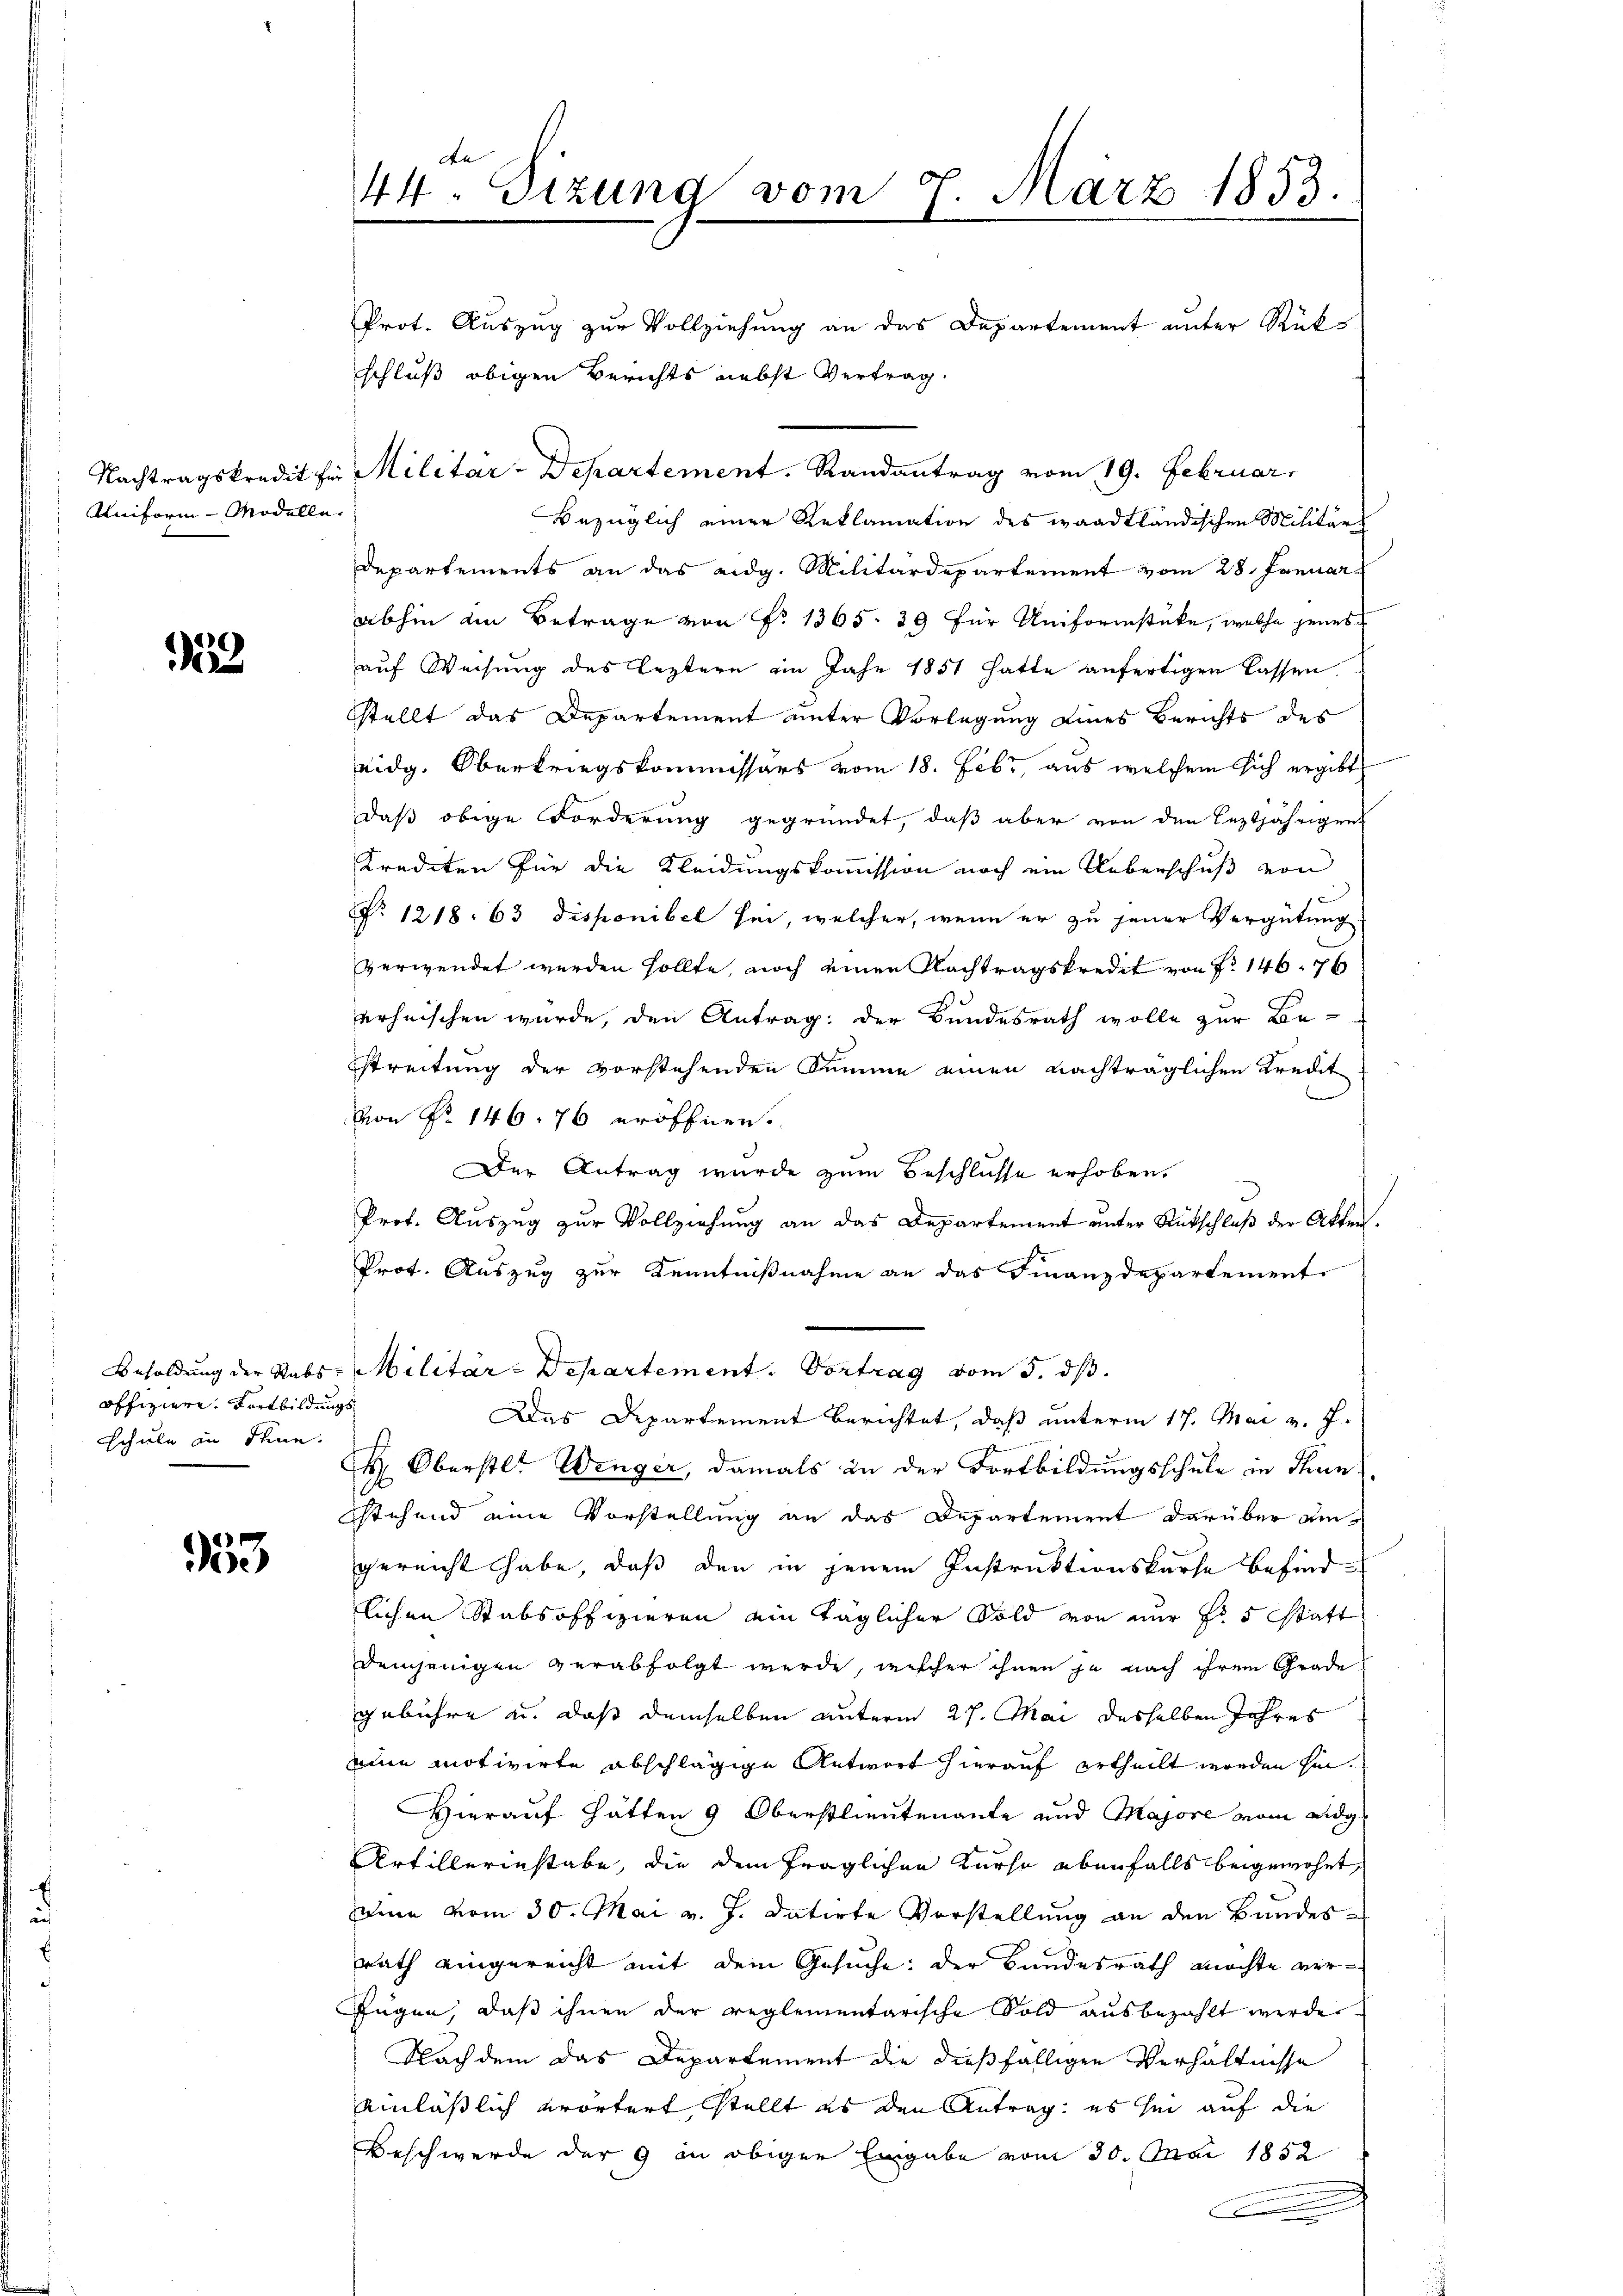
.

Uniform - Modelle.

523

offiziere Fortbildungs¬
Schule in Thun.

353

de
44. Sizung vom 9. März 1853.
d
Prot. Auszug zur Vollziehung an das Departement unter Rükschluß obigen Berichts nebst Vertrag.

Bezüglich einer Reklamation des waadtländischen Militär-
Departements an das eidg. Militärdepartement vom 28. Januar
abhin ein Betrage von Fr. 1365. 39 für Uniformstücke, welche jenes
auf Weisung des Leztern im Jahr 1851 hatte anfertigen lassen.
sstellt das Departement unter Vorlegung eines Berichts des
eidg. Oberkriegskommissärs vom 18. Febr., aus welchem sich ergibt
daß obige Forderung gegründet, daß aber von den Leztjährigen
Krediten für die Kleidungskommission noch ein Ueberschuß von
No 1218. 63 disponibel sei, welcher, wenn er zu jener Vergütung
verwendet werden sollte, noch einen Nachtragskredit von No 146. 76
erheischen würde, den Antrag: der Bundesrath wolle zur Be-
streitung der vorstehenden Summe einen nachträglichen Kredit
von No 146. 76 eröffnen.
Der Antrag wurde zum Beschlüsse erhoben.
Prof. Auszug zur Vollziehung an das Departement unter Rückschluß der Akten.
Prot. Auszug zur Kenntnißnahme an das Finanzdepartement
Besoldung der Stabs Militär-Departement. Vortrag vom 3. ds.
Das Departement berichtet, daß unterm 17. Mai v. J.
 Oberstl. Wenger, damals an der Fortbildungsschule in Thun
stehend eine Vorstellung an das Departement darüber aingereicht habe, daß den in jenem Instruktionskarte befindlichen Stabsoffizieren ain täglicher Sold von nur fr 5 statt
demjenigen verabfolgt werde, mischer ihnen ja nach ihrem Grade
gebühre u. daß demselben unterm 27. Mai desselben Jahres
ain motivirte abschlägige Antwort hierauf ertheilt worden hin¬
Hierauf hätten 9 Oberstlieutenante und Majore vom eidg
Artillerinstabe, die dem fraglichen Kurse ebenfalls beigewohnt,
seine vom 30. Mai v. J. datirte Vorstellung an den Bandesrath eingereicht mit dem Gesuche: der Bundesrath möchte verfügen, daß ihnen der reglementarische Sold ausbezahlt werde
Nachdem das Departement die dießfälligen Verhältnisse
einläßlich erörtert stellt es den Antrag: es sei auf die
Beschwerde der 9 in obiger Eingabe vom 30. Mai 1852
.

Nachtragskredit für Militar-Departement. Randantrag vom 19. Februar,